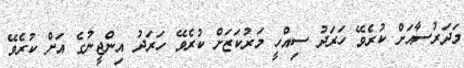
މަދަރުސާއަށް ކުރެވޭ ހަރަދު ސިއްހީ މަރުކަޒަށް ކުރެވޭ ހަރަދު އިންޖީނުގެ އަށް ކުރެވޭ